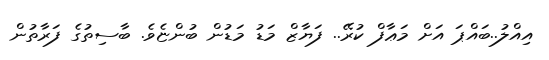
އިއްލު..ބައްޕަ އަށް މަޢާފް ކުރޭ.. ފަޔާޒް މަޑު މަޑުން ބުންޏެވެ. ބާސިތުގެ ފަރާތުން